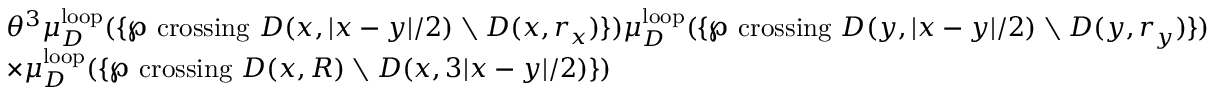
\begin{array} { r l } & { \theta ^ { 3 } \mu _ { D } ^ { \mathrm { l o o p } } ( \{ \wp \mathrm { ~ c r o s s i n g ~ } D ( x , | x - y | / 2 ) \setminus D ( x , r _ { x } ) \} ) \mu _ { D } ^ { \mathrm { l o o p } } ( \{ \wp \mathrm { ~ c r o s s i n g ~ } D ( y , | x - y | / 2 ) \setminus D ( y , r _ { y } ) \} ) } \\ & { \times \mu _ { D } ^ { \mathrm { l o o p } } ( \{ \wp \mathrm { ~ c r o s s i n g ~ } D ( x , R ) \setminus D ( x , 3 | x - y | / 2 ) \} ) } \end{array}